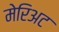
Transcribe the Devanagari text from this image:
मेरिअट